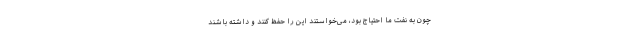
چون به نفت ما احتیاج بود، می‌خواستند این را حفظ کنند و داشته باشند